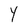
Character: Y